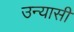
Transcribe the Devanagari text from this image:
उन्यासी